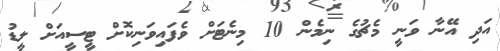
އަދި އޭނާ ވަނީ މެޗުގެ ނިމެން 10 މިނެޓަށް ވެފައިވަނިކޮށް ޓީސީއަށް ލީޑު